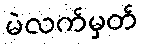
မဲလက်မှတ်